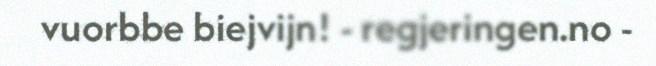
vuorbbe biejvijn! - regjeringen.no -